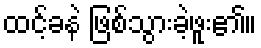
ထင့်ခနဲ ဖြစ်သွားခဲ့ဖူး၏။